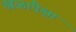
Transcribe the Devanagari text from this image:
खळांपेक्षा